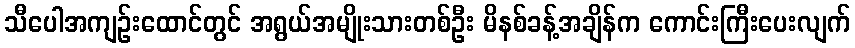
သီပေါအကျဉ်းထောင်တွင် အရွယ်အမျိုးသားတစ်ဦး မိနစ်ခန့်အချိန်က ကောင်းကြီးပေးလျက်